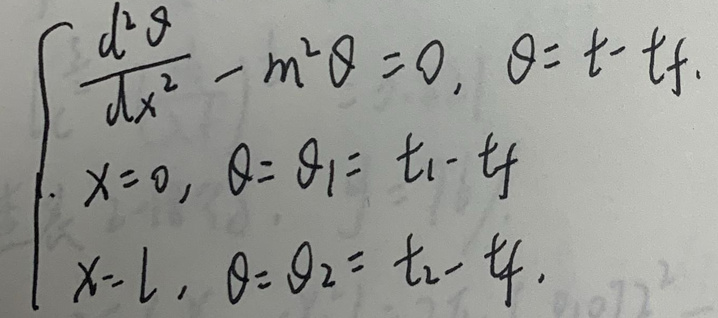
\[
\begin{cases}
\frac{d^{2}\theta}{dx^{2}} - m^{2}\theta = 0, & \theta = t - t_f \\
x = 0, & \theta = \theta_1 = t_1 - t_f \\
x = L, & \theta = \theta_2 = t_2 - t_f
\end{cases}
\]